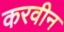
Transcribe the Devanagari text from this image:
करवीन